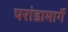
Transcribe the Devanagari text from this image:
परांडामार्गे